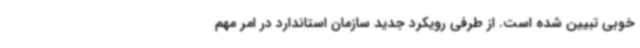
خوبی تبیین شده است. از طرفی رویکرد جدید سازمان استاندارد در امر مهم